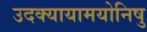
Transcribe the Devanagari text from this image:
उदक्यायामयोनिषु